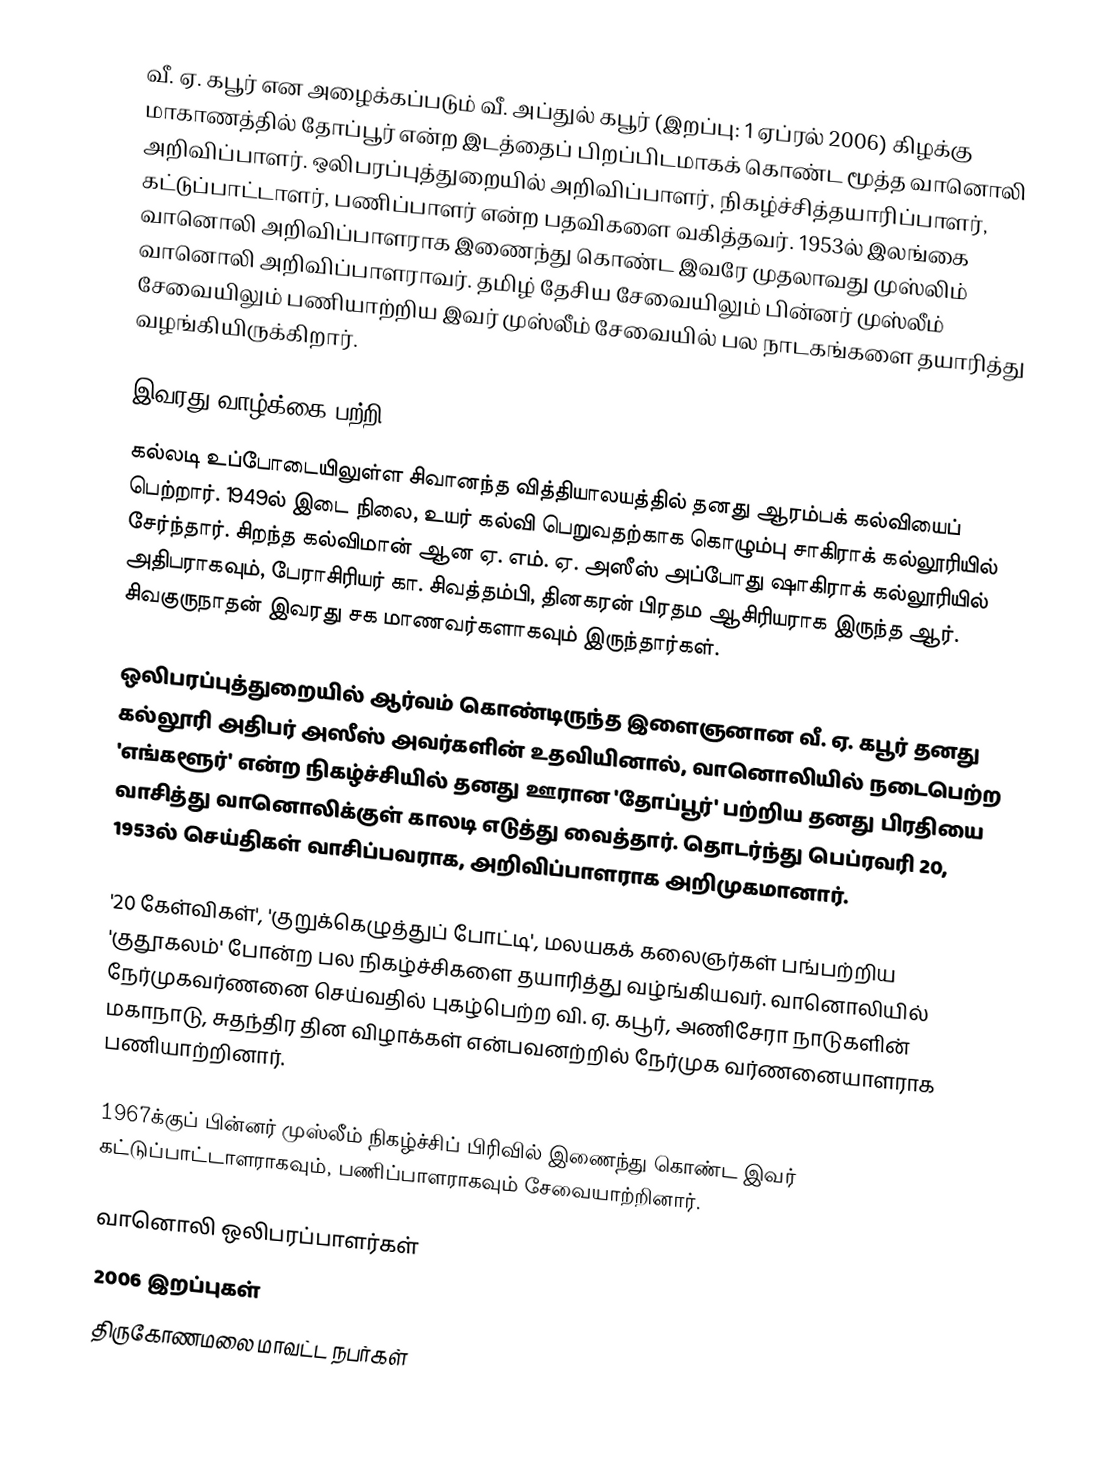
வீ. ஏ. கபூர் என அழைக்கப்படும் வீ. அப்துல் கபூர் (இறப்பு: 1 ஏப்ரல் 2006) கிழக்கு மாகாணத்தில் தோப்பூர் என்ற இடத்தைப் பிறப்பிடமாகக் கொண்ட மூத்த வானொலி அறிவிப்பாளர். ஒலிபரப்புத்துறையில் அறிவிப்பாளர், நிகழ்ச்சித்தயாரிப்பாளர், கட்டுப்பாட்டாளர், பணிப்பாளர் என்ற பதவிகளை வகித்தவர். 1953ல் இலங்கை வானொலி அறிவிப்பாளராக இணைந்து கொண்ட இவரே முதலாவது முஸ்லிம் வானொலி அறிவிப்பாளராவர். தமிழ் தேசிய சேவையிலும் பின்னர் முஸ்லீம் சேவையிலும் பணியாற்றிய இவர் முஸ்லீம் சேவையில் பல நாடகங்களை தயாரித்து வழங்கியிருக்கிறார்.

இவரது வாழ்க்கை பற்றி
கல்லடி உப்போடையிலுள்ள சிவானந்த வித்தியாலயத்தில் தனது ஆரம்பக் கல்வியைப் பெற்றார். 1949ல் இடை நிலை, உயர் கல்வி பெறுவதற்காக கொழும்பு சாகிராக் கல்லூரியில் சேர்ந்தார். சிறந்த கல்விமான் ஆன ஏ. எம். ஏ. அஸீஸ் அப்போது ஷாகிராக் கல்லூரியில் அதிபராகவும், பேராசிரியர் கா. சிவத்தம்பி, தினகரன் பிரதம ஆசிரியராக இருந்த ஆர். சிவகுருநாதன் இவரது சக மாணவர்களாகவும் இருந்தார்கள்.

ஒலிபரப்புத்துறையில் ஆர்வம் கொண்டிருந்த இளைஞனான வீ. ஏ. கபூர் தனது கல்லூரி அதிபர் அஸீஸ் அவர்களின் உதவியினால், வானொலியில் நடைபெற்ற 'எங்களூர்' என்ற நிகழ்ச்சியில் தனது ஊரான 'தோப்பூர்' பற்றிய தனது பிரதியை வாசித்து வானொலிக்குள் காலடி எடுத்து வைத்தார். தொடர்ந்து பெப்ரவரி 20, 1953ல் செய்திகள் வாசிப்பவராக, அறிவிப்பாளராக அறிமுகமானார்.

'20 கேள்விகள்', 'குறுக்கெழுத்துப் போட்டி', மலயகக் கலைஞர்கள் பங்பற்றிய 'குதூகலம்' போன்ற பல நிகழ்ச்சிகளை தயாரித்து வழ்ங்கியவர். வானொலியில் நேர்முகவர்ணனை செய்வதில் புகழ்பெற்ற வி. ஏ. கபூர், அணிசேரா நாடுகளின் மகாநாடு, சுதந்திர தின விழாக்கள் என்பவனற்றில் நேர்முக வர்ணனையாளராக பணியாற்றினார்.

1967க்குப் பின்னர் முஸ்லீம் நிகழ்ச்சிப் பிரிவில் இணைந்து கொண்ட இவர் கட்டுப்பாட்டாளராகவும், பணிப்பாளராகவும் சேவையாற்றினார்.

வானொலி ஒலிபரப்பாளர்கள்
2006 இறப்புகள்
திருகோணமலை மாவட்ட நபர்கள்